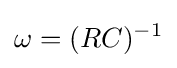
\omega =(RC)^{-1}